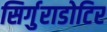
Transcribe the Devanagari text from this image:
सिर्गुराडोटिर